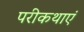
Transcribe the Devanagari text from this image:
परीकथाएं